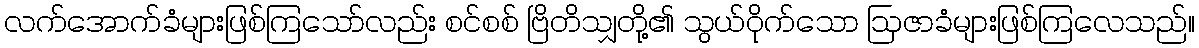
လက်အောက်ခံများဖြစ်ကြသော်လည်း စင်စစ် ဗြိတိသျှတို့၏ သွယ်ဝိုက်သော ဩဇာခံများဖြစ်ကြလေသည်။